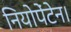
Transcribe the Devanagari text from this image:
नियोपेंटेन।